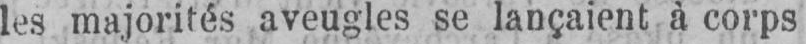
les majorités aveugles se lançaient à corps